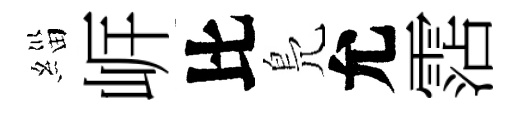
緇㟁比鳬允霑